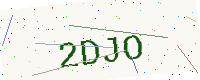
Text: 2DJO